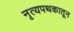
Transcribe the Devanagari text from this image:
नृत्यपथकातून